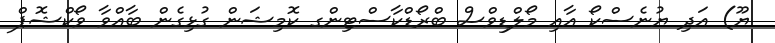
ޔޫ) އަދި ޔުނެސްކޯ އާއި މޯލްޑިވްސް ބްރޯޑްކާސްޓިންގ ކޮމިޝަން ގުޅިގެން ބާއްވާ ވޯކްޝޮޕް